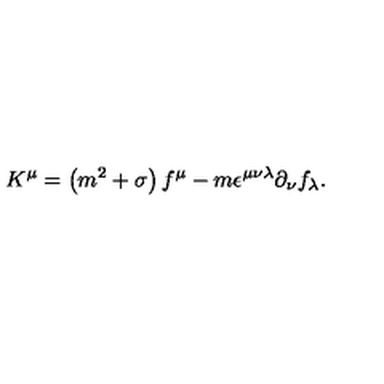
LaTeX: K ^ { \mu } = \left( m ^ { 2 } + \sigma \right) f ^ { \mu } - m \epsilon ^ { \mu \nu \lambda } \partial _ { \nu } f _ { \lambda } .